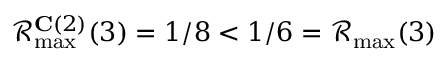
\mathcal { R } _ { \operatorname* { m a x } } ^ { \mathbf { C } ( 2 ) } ( 3 ) = 1 / 8 < 1 / 6 = \mathcal { R } _ { \operatorname* { m a x } } ( 3 )